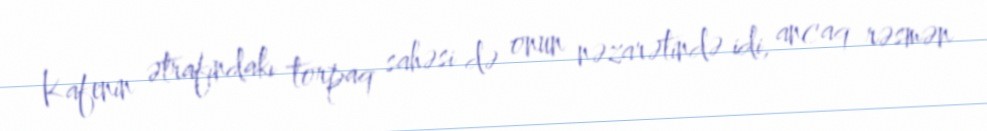
Kafenin ətrafındakı torpaq sahəsi də onun nəzarətində idi, ancaq rəsmən